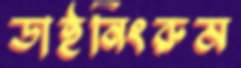
ডাইনিংরুম